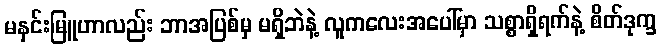
မနှင်းမြူဟာလည်း ဘာအပြစ်မှ မရှိဘဲနဲ့ လူကလေးအပေါ်မှာ သစ္စာရှိရက်နဲ့ စိတ်ဒုက္ခ